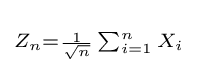
\scriptstyle Z_{n}={\scriptscriptstyle {\frac {1}{\sqrt {n}}}}\sum _{i=1}^{n}X_{i}